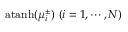
\mathrm { a t a n h } ( \mu _ { i } ^ { \pm } ) ~ ( i = 1 , \cdots , N )